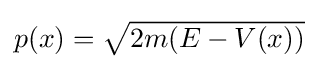
{\textstyle p(x)={\sqrt {2m(E-V(x))}}}